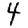
Digit: 4